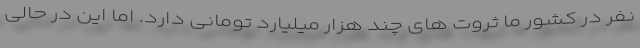
نفر در کشور ما ثروت های چند هزار میلیارد تومانی دارد. اما این در حالی